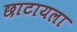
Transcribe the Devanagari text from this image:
छाटायला